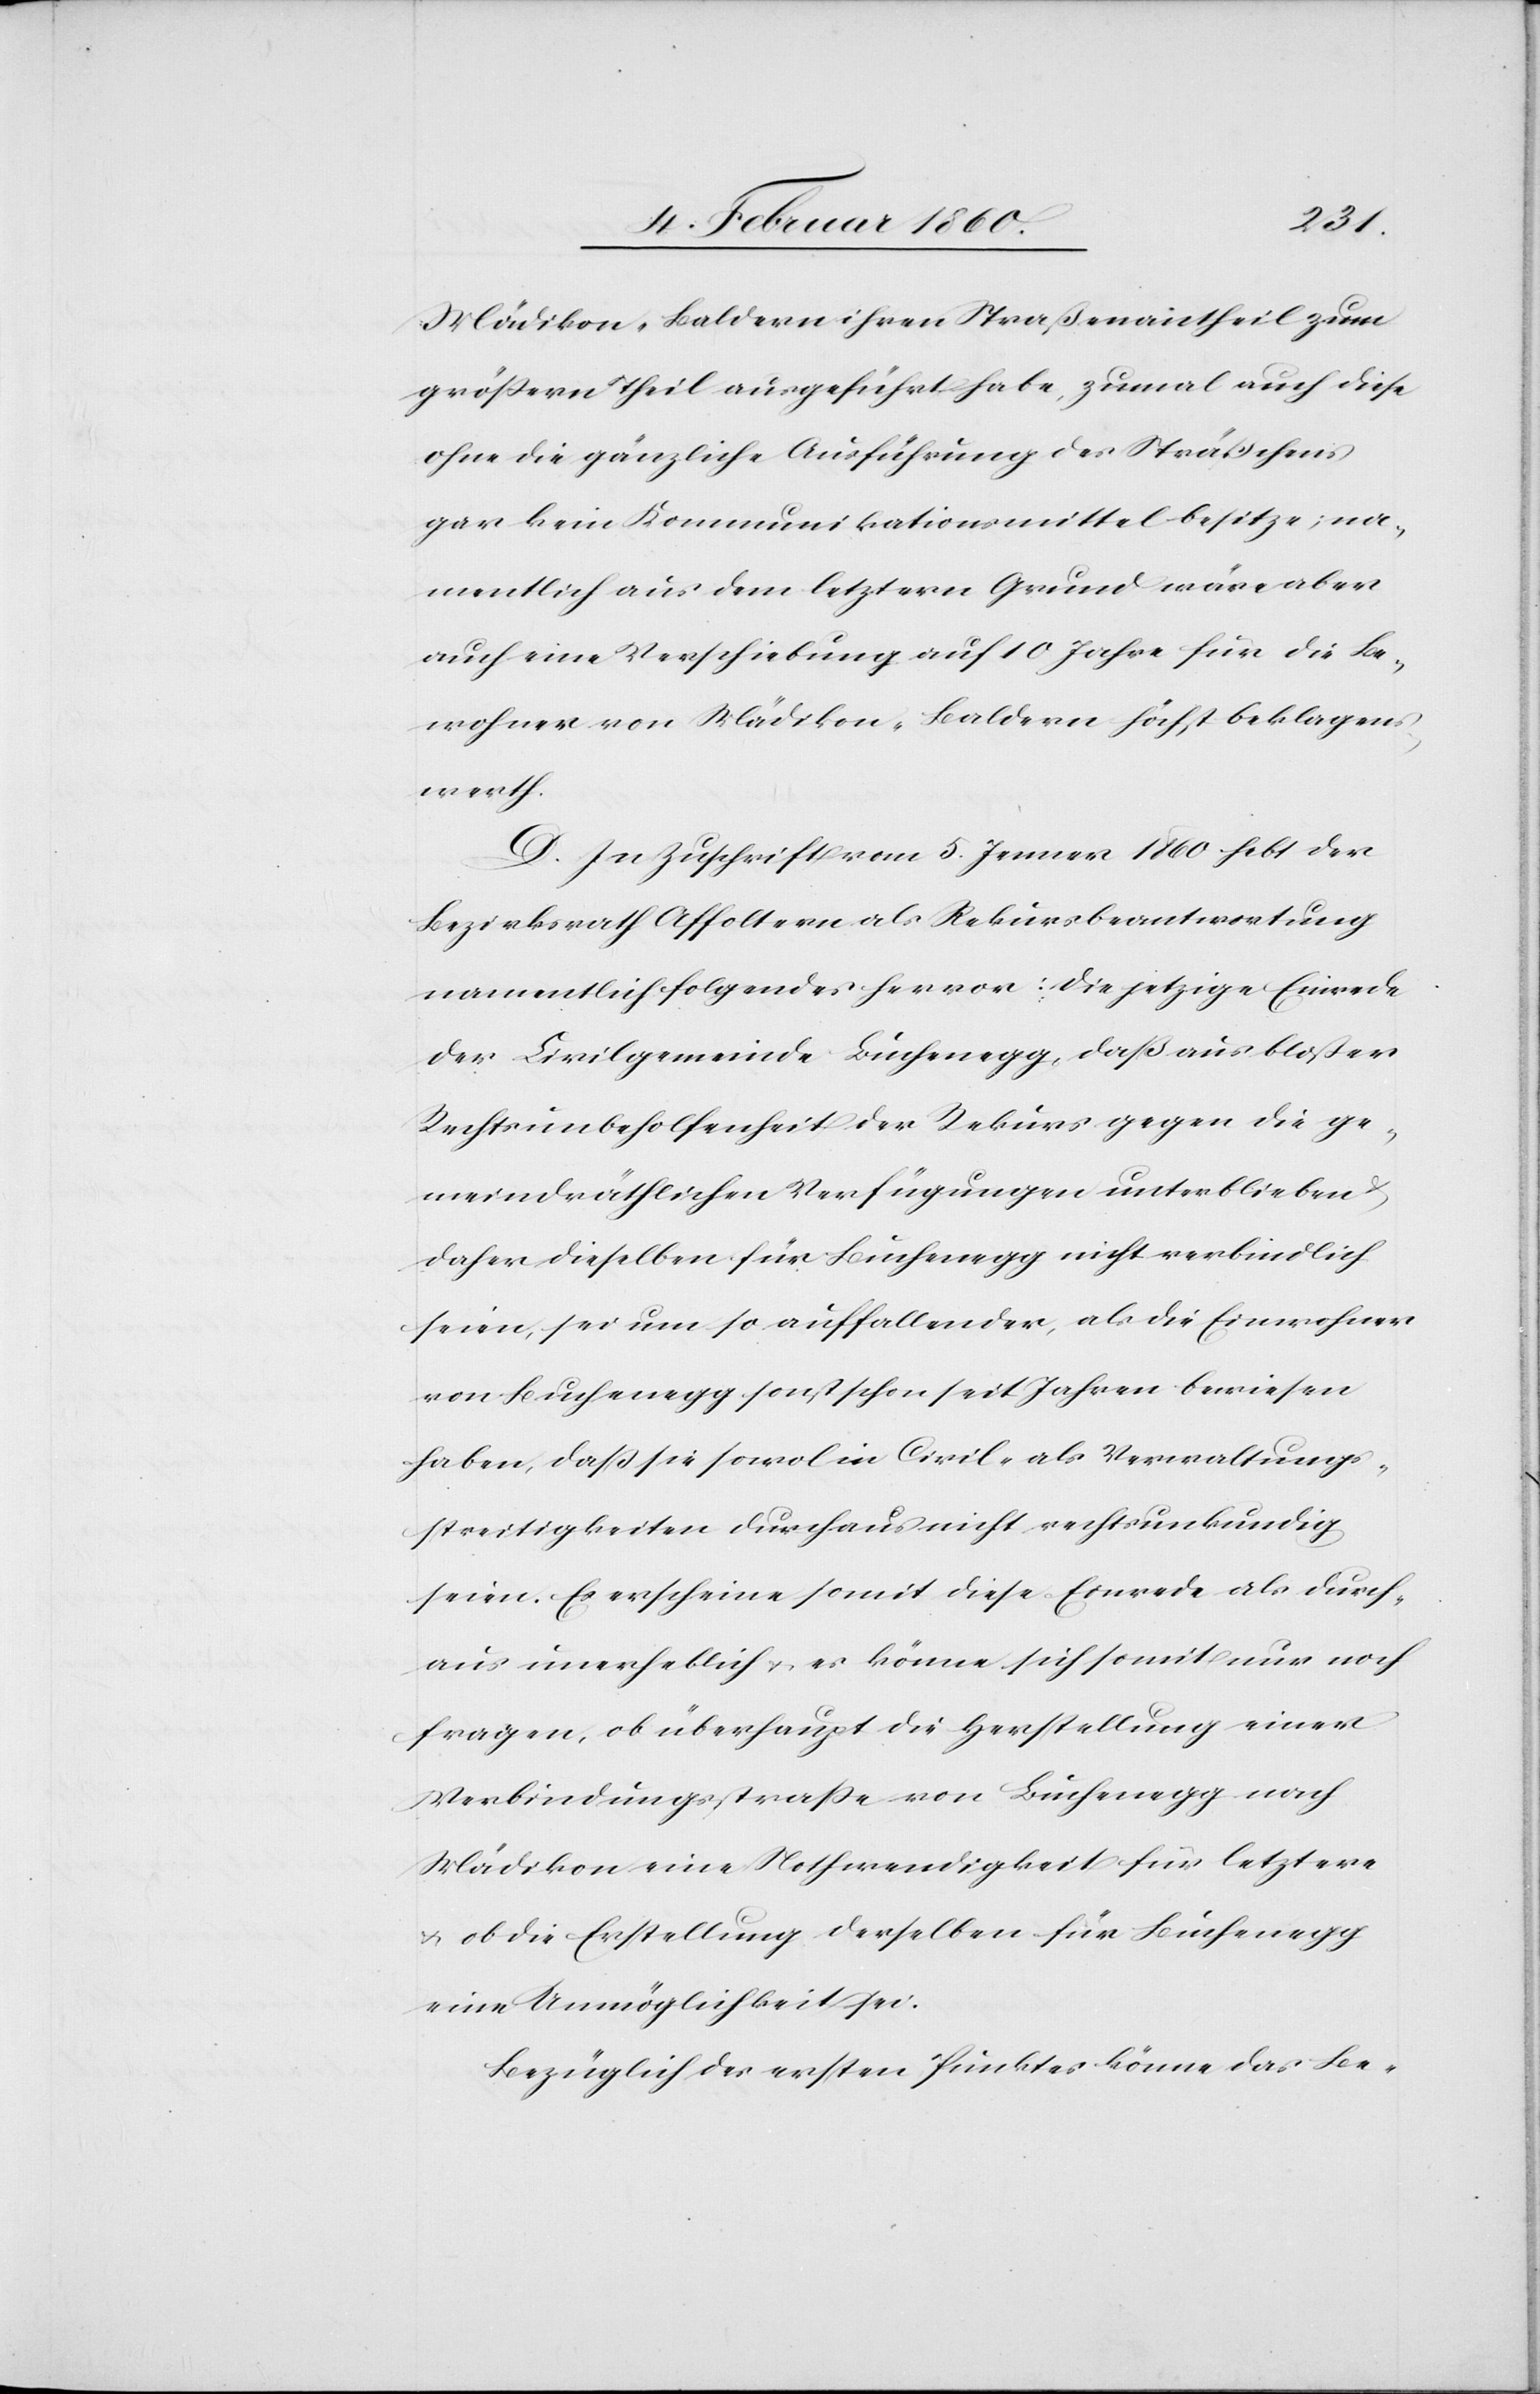
Mädikon-Baldern ihren Straßenantheil zum
grössern Theil angeführt habe, zumal auch diese
ohne die gänzliche Ausführung des Sträßchens
gar keine Kommunikationsmittel besitze, na¬
mentlich aus dem letztern Grund wäre aber
auch eine Verschiebung auf 10 Jahre für die Be¬
wohner von Mädikon-Baldern höchst beklagens¬
werth.
D. In Zuschrift vom 5. Jenner 1860 hebt der
Bezirksrath Affoltern als Rekursbeantwortung
namentlich folgendes hervor: die jetzige Einrede
der Civilgemeinde Buchenegg, daß aus bloßer
Rechtsunbeholfenheit der Rekurs gegen die ge¬
meindräthlichen Verfügungen unterbleiben u.
daher dieselben für Buchenegg nicht verbindlich
seien, sei um so auffallender, als die Einwohner
von Buchenegg sonst schon seit Jahren bewiesen
haben, daß sie sowol in Civil- als Verwaltungs¬
streitigkeiten durchaus nicht rechtsunkundig
seien. Es erscheine somit diese Einrede als durch¬
aus unerheblich u. es könne sich somit nur noch
fragen, ob überhaupt die Herstellung einer
Verbindungsstrasse von Buchenegg nach
Mädikon eine Nothwenidgkeit für letztere
u. ob die Erstellung derselben für Buchenegg
eine Unmöglichkeit sei.
Bezüglich des ersten Punktes könne das Be-